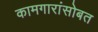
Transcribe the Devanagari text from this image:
कामगारांसोबत